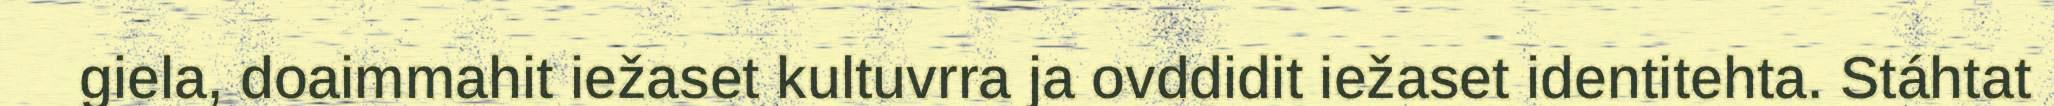
giela, doaimmahit iežaset kultuvrra ja ovddidit iežaset identitehta. Stáhtat